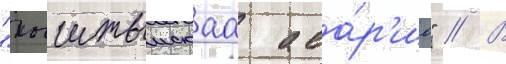
"кыштымскаа ава́р'иа" // В